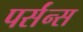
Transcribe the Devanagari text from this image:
पर्संन्स